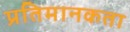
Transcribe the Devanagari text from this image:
प्रतिमानकता